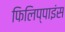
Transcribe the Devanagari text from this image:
फिलिप्पाइंस